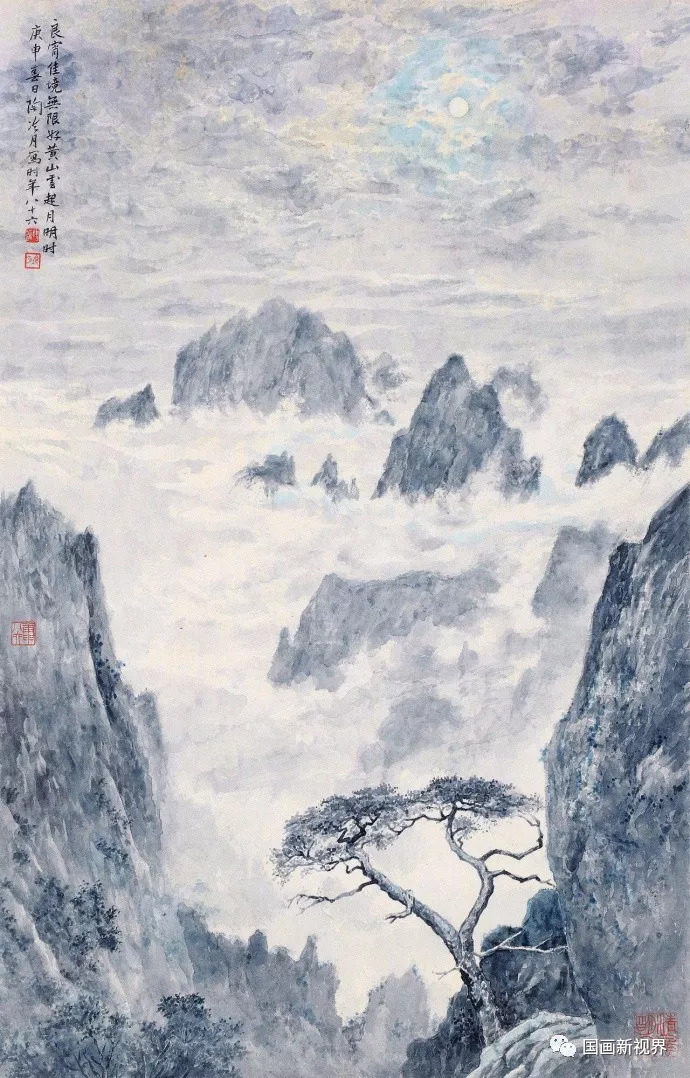
云山行处合，风雨兴中秋。